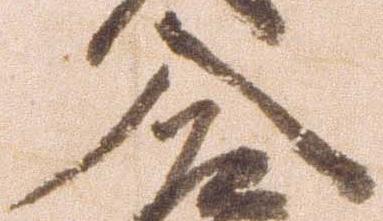
入